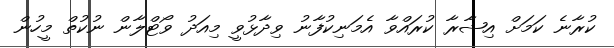
ކުރާނެ ކަމަށް އިޝާރާ ކުރައްވާ އެމަނިކުފާނު ވިދާޅުވީ މިއަދު ވޯޓްލާން ނުކުތް މީހުން